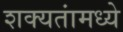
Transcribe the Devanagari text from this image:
शक्यतांमध्ये